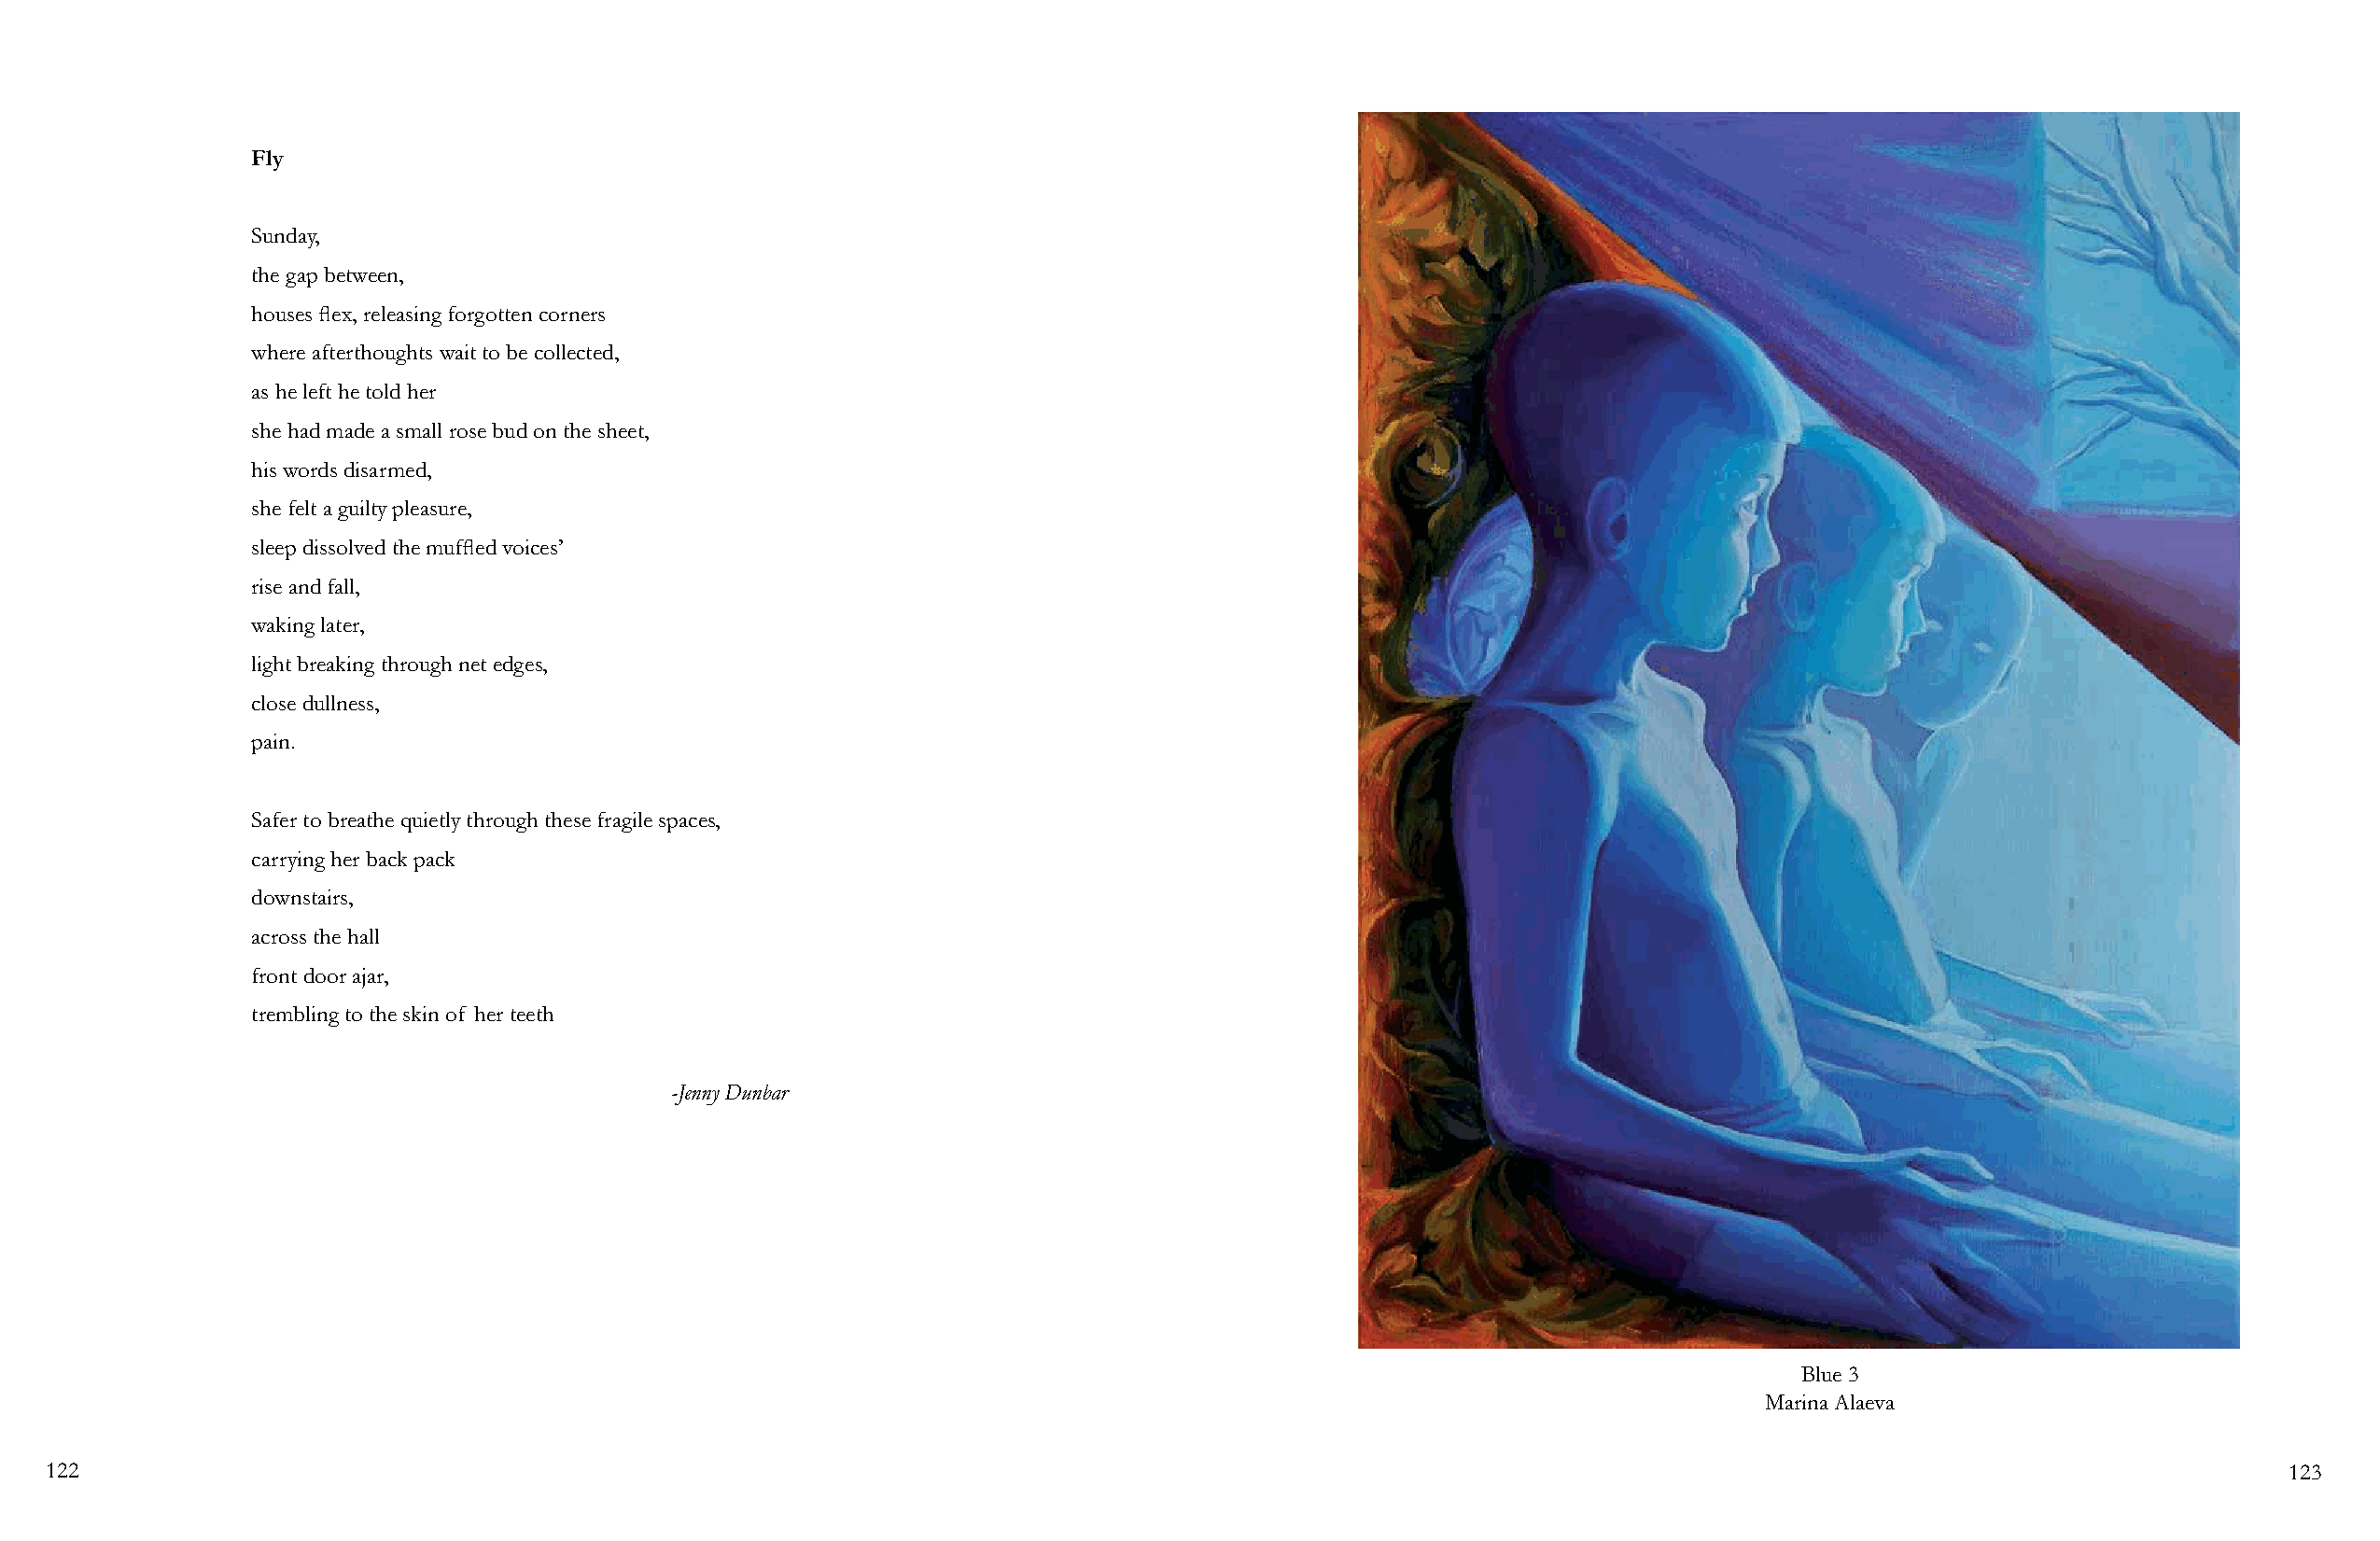
Fly
 Sunday,
 the gap between,
 houses flex, releasing forgotten corners
 where afterthoughts wait to be collected,
 as he left he told her
 she had made a small rose bud on the sheet,
 his words disarmed,
 she felt a guilty pleasure,
 sleep dissolved the muffled voices’
 rise and fall,
 waking later,
 light breaking through net edges,
 close dullness,
 pain.
 Safer to breathe quietly through these fragile spaces,
 carrying her back pack
 downstairs,
 across the hall
 front door ajar,
 trembling to the skin of her teeth
 -Jenny Dunbar
 Blue 3
 Marina Alaeva
 122                                                                                                                                                            123